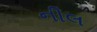
નીલ